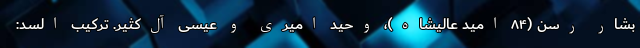
بشار رسن (۸۴ امید عالیشاه)، وحید امیری و عیسی آل‌کثیر. ترکیب السد: